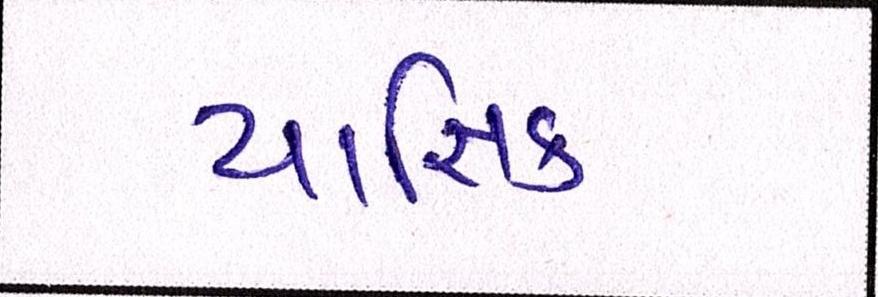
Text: યાજ્ઞિક